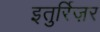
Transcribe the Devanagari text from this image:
इतुर्रिज़र